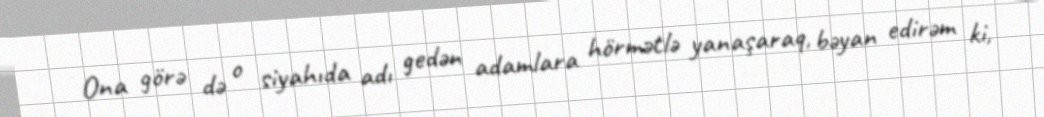
Ona görə də o siyahıda adı gedən adamlara hörmətlə yanaşaraq, bəyan edirəm ki,